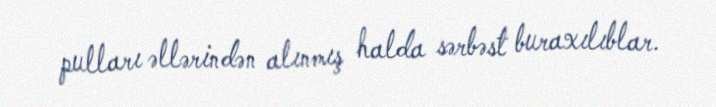
pulları əllərindən alınmış halda sərbəst buraxılıblar.